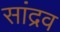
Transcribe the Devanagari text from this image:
सांद्रव